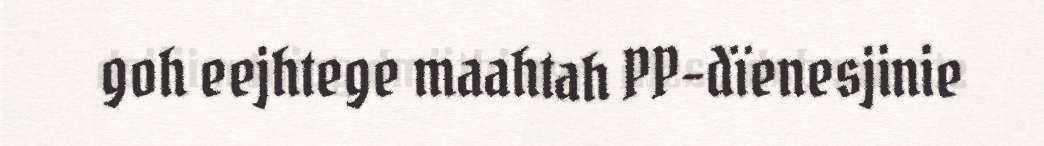
goh eejhtege maahtah PP-dïenesjinie